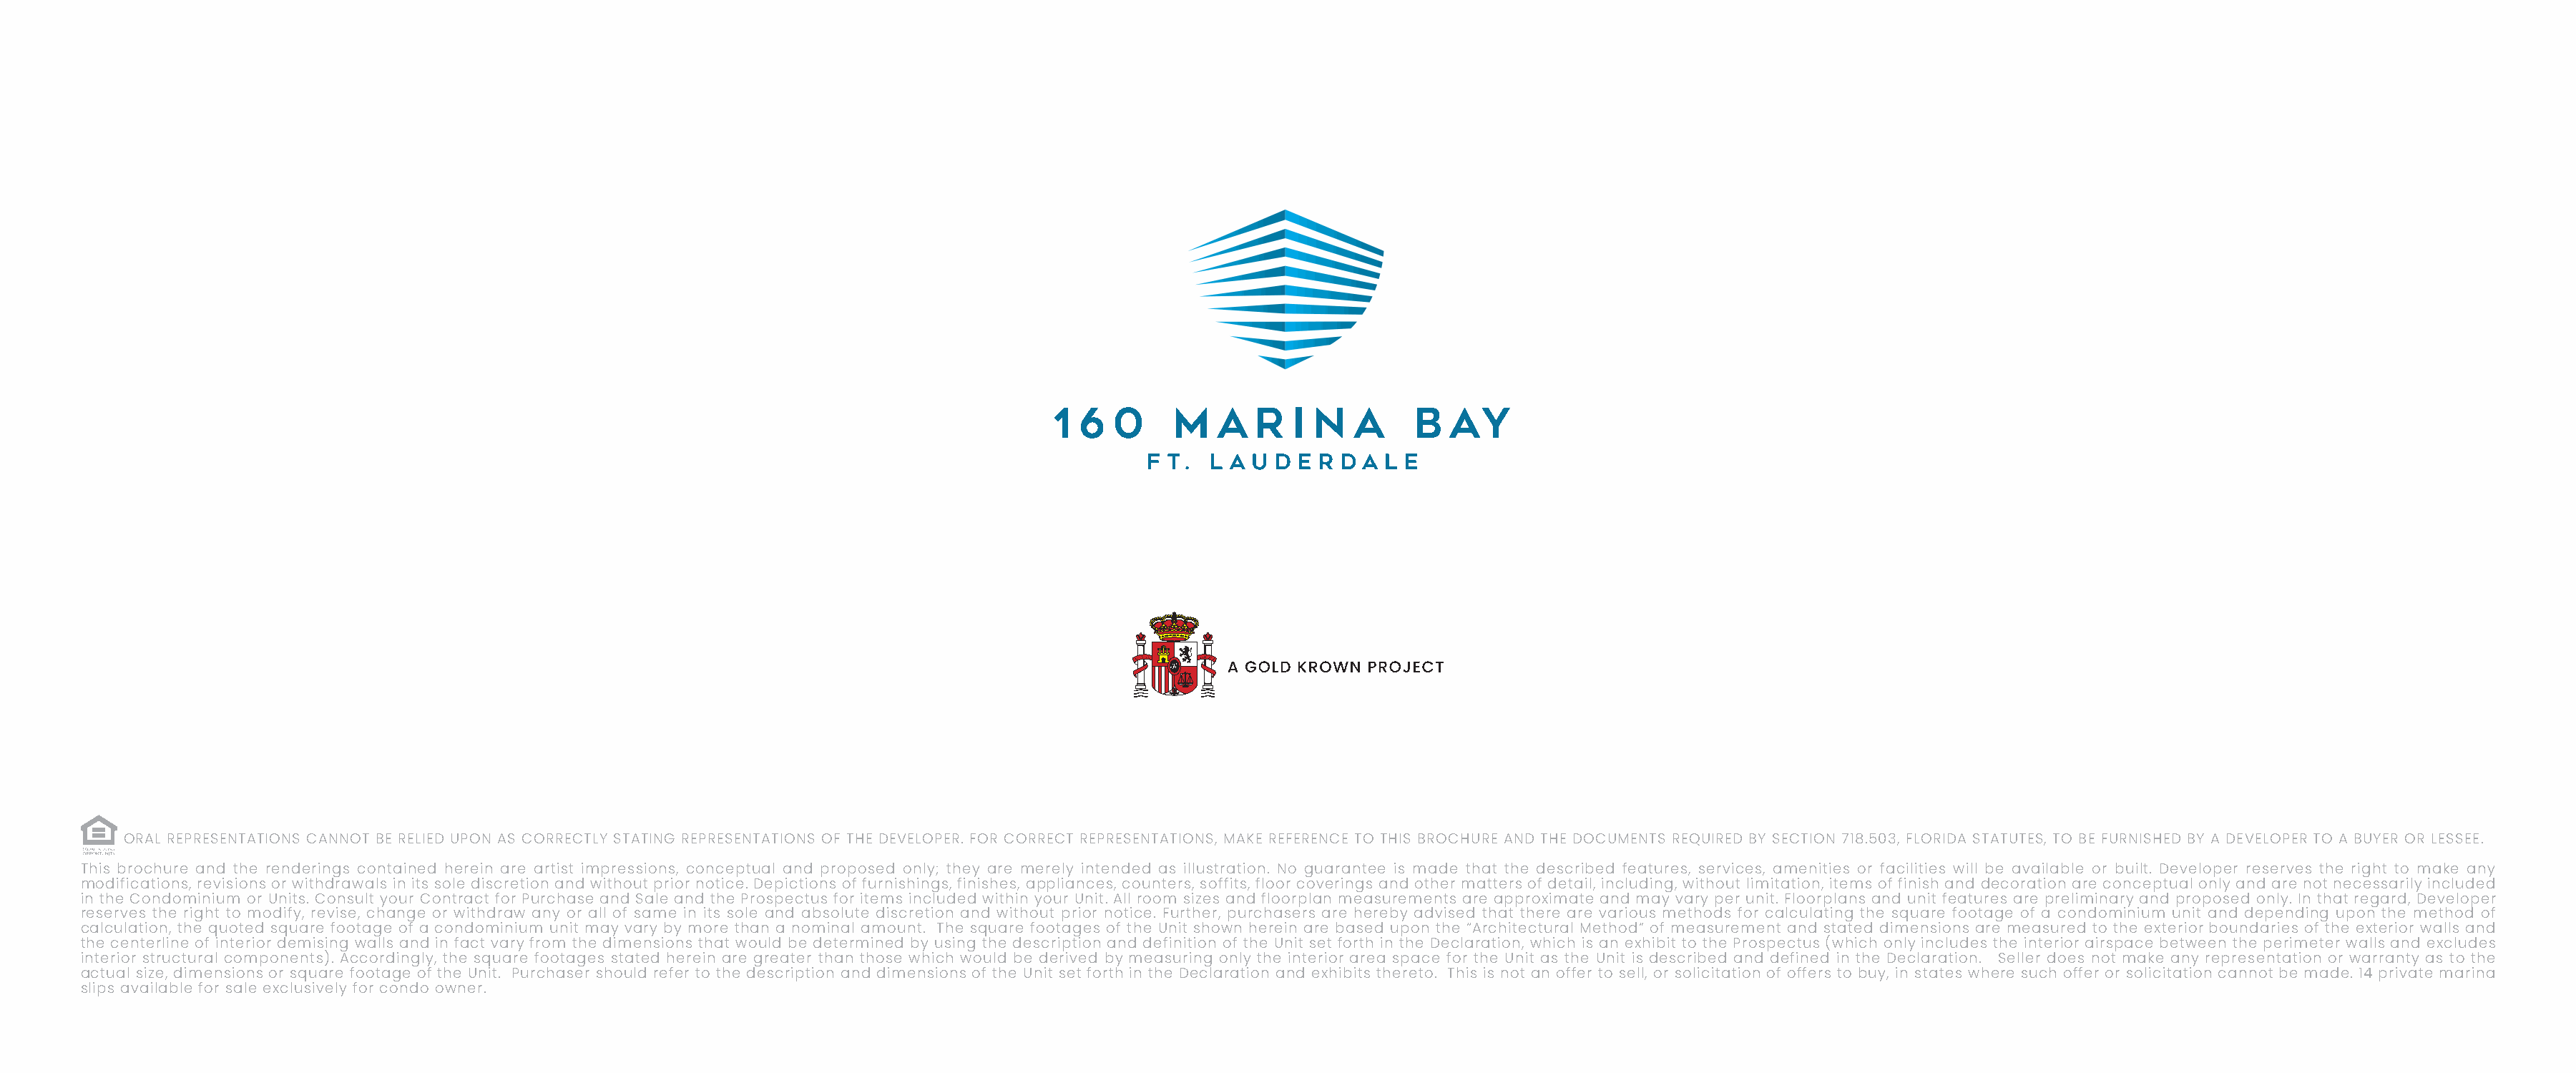
ORAL REPRESENTATIONS CANNOT BE RELIED UPON AS CORRECTLY STATING REPRESENTATIONS OF THE DEVELOPER. FOR CORRECT REPRESENTATIONS, MAKE REFERENCE TO THIS BROCHURE AND THE DOCUMENTS REQUIRED BY SECTION 718.503, FLORIDA STATUTES, TO BE FURNISHED BY A DEVELOPER TO A BUYER OR LESSEE.
 This brochure and the renderings contained herein are artist impressions, conceptual and proposed only; they are merely intended as illustration. No guarantee is made that the described features, services, amenities or facilities will be available or built. Developer reserves the right to make any
 modifications, revisions or withdrawals in its sole discretion and without prior notice. Depictions of furnishings, finishes, appliances, counters, soffits, floor coverings and other matters of detail, including, without limitation, items of finish and decoration are conceptual only and are not necessarily included
 in the Condominium or Units. Consult your Contract for Purchase and Sale and the Prospectus for items included within your Unit. All room sizes and floorplan measurements are approximate and may vary per unit. Floorplans and unit features are preliminary and proposed only. In that regard, Developer
 reserves the right to modify, revise, change or withdraw any or all of same in its sole and absolute discretion and without prior notice. Further, purchasers are hereby advised that there are various methods for calculating the square footage of a condominium unit and depending upon the method of
 calculation, the quoted square footage of a condominium unit may vary by more than a nominal amount. The square footages of the Unit shown herein are based upon the “Architectural Method” of measurement and stated dimensions are measured to the exterior boundaries of the exterior walls and
 the centerline of interior demising walls and in fact vary from the dimensions that would be determined by using the description and definition of the Unit set forth in the Declaration, which is an exhibit to the Prospectus (which only includes the interior airspace between the perimeter walls and excludes
 interior structural components). Accordingly, the square footages stated herein are greater than those which would be derived by measuring only the interior area space for the Unit as the Unit is described and defined in the Declaration. Seller does not make any representation or warranty as to the
 actual size, dimensions or square footage of the Unit. Purchaser should refer to the description and dimensions of the Unit set forth in the Declaration and exhibits thereto. This is not an offer to sell, or solicitation of offers to buy, in states where such offer or solicitation cannot be made. 14 private marina
 slips available for sale exclusively for condo owner.